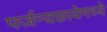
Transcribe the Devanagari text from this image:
पर्जन्यछायेमध्ये